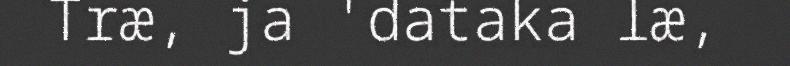
Træ, ja 'dataka læ,